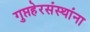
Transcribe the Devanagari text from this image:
गुप्तहेरसंस्थांना